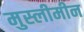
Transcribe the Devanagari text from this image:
मुस्लीमीन